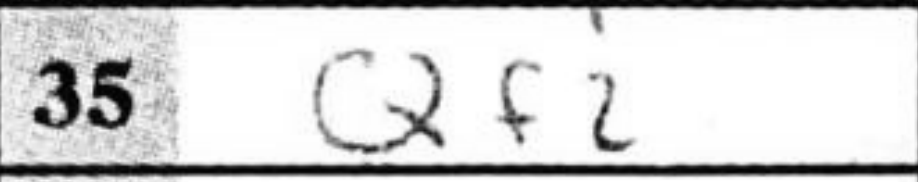
Transcription: Qf2